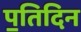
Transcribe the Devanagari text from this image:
प॒तिदिन